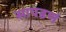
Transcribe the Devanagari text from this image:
सापडणं